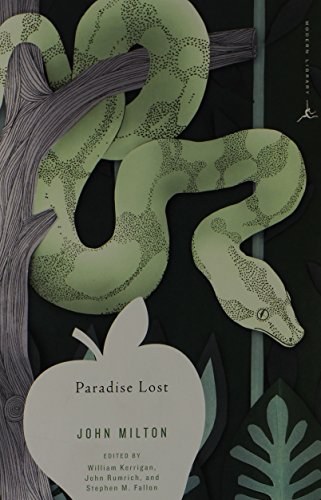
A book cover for Paradise Lost (Modern Library Classics); John Milton; Christian Books & Bibles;